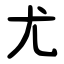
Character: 尤